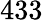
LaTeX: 433